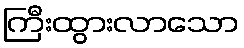
ကြီးထွားလာသော